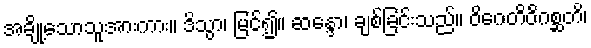
အချို့သောသူအားကား။ ဒိသွာ၊ မြင်၍။ ဆန္ဒော၊ ချစ်ခြင်းသည်။ ဝိဂေတိဝိဂစ္ဆတိ၊